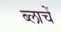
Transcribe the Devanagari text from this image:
ब्लाचें